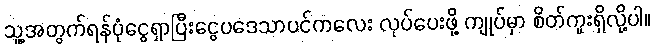
သူ့အတွက်ရန်ပုံငွေရှာပြီးငွေပဒေသာပင်ကလေး လုပ်ပေးဖို့ ကျုပ်မှာ စိတ်ကူးရှိလို့ပါ။